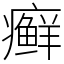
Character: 癣